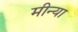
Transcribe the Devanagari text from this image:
मीन्या